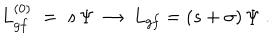
L _ { g f } ^ { ( 0 ) } \; = \; s \, \Psi \; \to \; L _ { g f } = ( s + \sigma ) \, \Psi \; .